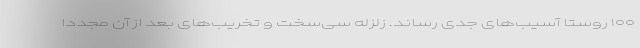
۱۰۰ روستا آسیب‌های جدی رساند. زلزله سی‌سخت و تخریب‌های بعد از آن مجددا